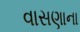
વાસણાના